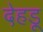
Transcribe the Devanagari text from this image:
देहड़ू